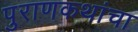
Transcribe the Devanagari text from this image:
पुराणकथांचा